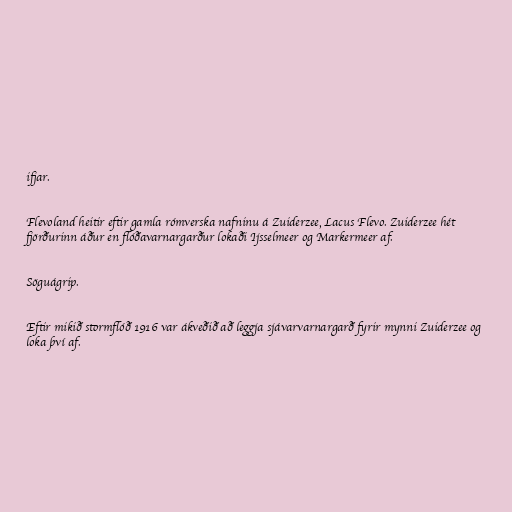
ifjar.

Flevoland heitir eftir gamla rómverska nafninu á Zuiderzee, Lacus Flevo. Zuiderzee hét
fjörðurinn áður en flóðavarnargarður lokaði Ijsselmeer og Markermeer af.

Söguágrip.

Eftir mikið stormflóð 1916 var ákveðið að leggja sjávarvarnargarð fyrir mynni Zuiderzee og
loka því af.